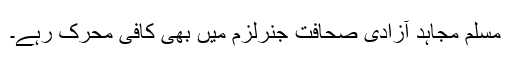
مسلم مجاہد آزادی صحافت جنرلزم میں بھی کافی محرک رہے۔